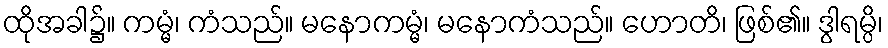
ထိုအခါ၌။ ကမ္မံ၊ ကံသည်။ မနောကမ္မံ၊ မနောကံသည်။ ဟောတိ၊ ဖြစ်၏။ ဒွါရမ္ပိ၊